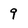
Character: 9